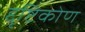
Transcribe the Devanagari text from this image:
द्दृष्टिकोण